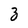
Character: 3